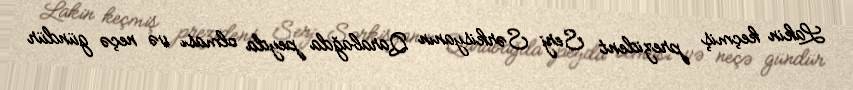
Lakin keçmiş prezident Serj Sərkisyanın Qarabağda peyda olması və neçə gündür